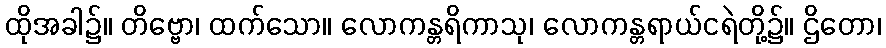
ထိုအခါ၌။ တိဗ္ဗော၊ ထက်သော။ လောကန္တရိကာသု၊ လောကန္တရာယ်ငရဲတို့၌။ ဌိတော၊